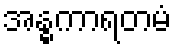
အန္ဓကာရတမံ